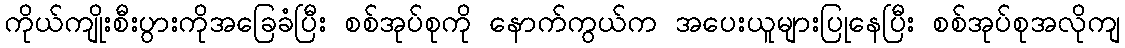
ကိုယ်ကျိုးစီးပွားကိုအခြေခံပြီး စစ်အုပ်စုကို နောက်ကွယ်က အပေးယူများပြုနေပြီး စစ်အုပ်စုအလိုကျ